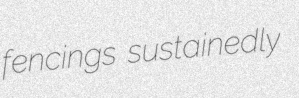
fencings sustainedly